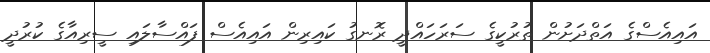
އައިއެސްގެ އަތްދަށުން ތުރުކީގެ ސަރަހައްދީ ރޮނގު ކައިރިން އައިއެސް ފައްސާލައި ސީރިއާގެ ކުރުދީ